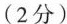
（2分）